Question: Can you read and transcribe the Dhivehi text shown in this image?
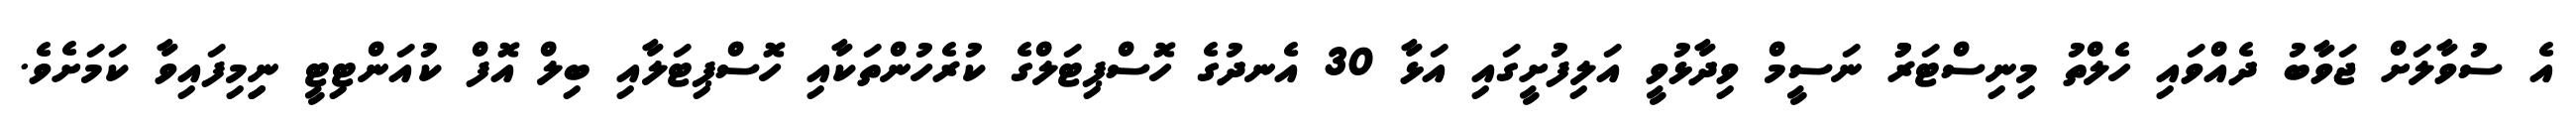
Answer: އެ ސުވާލަށް ޖަވާބު ދެއްވައި ހެލްތު މިނިސްޓަރުު ނަސީމް ވިދާޅުވީ އަލިފުށީގައި އަޅާ 30 އެނދުގެ ހޮސްޕިޓަލްގެ ކުރެހުންތަކާއި ހޮސްޕިޓަލާއި ބިލް އޮފް ކުއަންޓިޓީ ނިިމިފައިވާ ކަމަށެވެ.